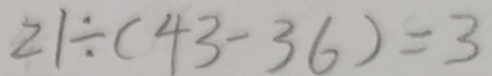
2 1 \div ( 4 3 - 3 6 ) = 3